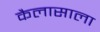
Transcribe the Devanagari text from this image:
कैलासाला